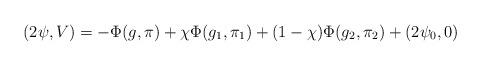
LaTeX: \begin{align*}(2\psi, V) =-\Phi(g, \pi)+ \chi \Phi(g_1, \pi_1) + (1-\chi) \Phi(g_2, \pi_2) + (2\psi_0, 0)\end{align*}